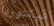
فيكتوريا